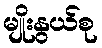
မျိုးနွယ်စု